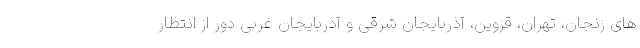
های زنجان، تهران، قزوین، آذربایجان شرقی و آذربایجان غربی دور از انتظار